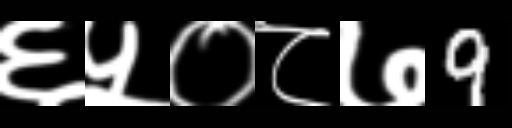
Text: ६५०८७9